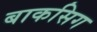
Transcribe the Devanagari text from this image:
बाकसिग